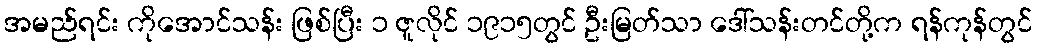
အမည်ရင်း ကိုအောင်သန်း ဖြစ်ပြီး ၁ ဇူလိုင် ၁၉၁၅တွင် ဦးမြတ်သာ ဒေါ်သန်းတင်တို့က ရန်ကုန်တွင်